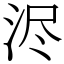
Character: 浕